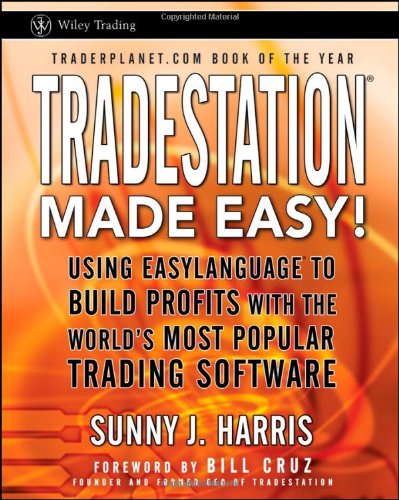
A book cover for TradeStation Made Easy!: Using EasyLanguage to Build Profits with the World's Most Popular Trading Software; Sunny J. Harris; Computers & Technology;